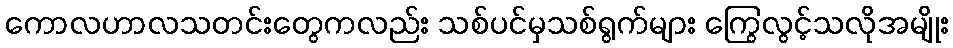
ကောလဟာလသတင်းတွေကလည်း သစ်ပင်မှသစ်ရွက်များ ကြွေလွင့်သလိုအမျိုး